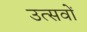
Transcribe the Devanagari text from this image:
उत्सवों